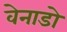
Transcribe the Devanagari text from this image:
वेनाडो